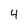
Character: 4